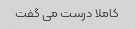
کاملا درست می گفت